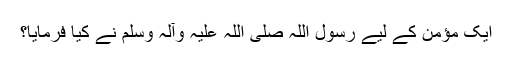
ایک مؤمن کے لیے رسول اللہ صلی اللہ علیہ وآلہ وسلم نے کیا فرمایا؟